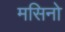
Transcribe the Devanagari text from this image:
मसिनो